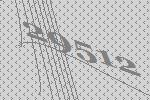
29512